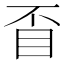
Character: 𥄓